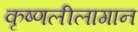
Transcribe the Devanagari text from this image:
कृष्णलीलागान